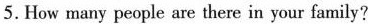
5.How many people are there in your family?